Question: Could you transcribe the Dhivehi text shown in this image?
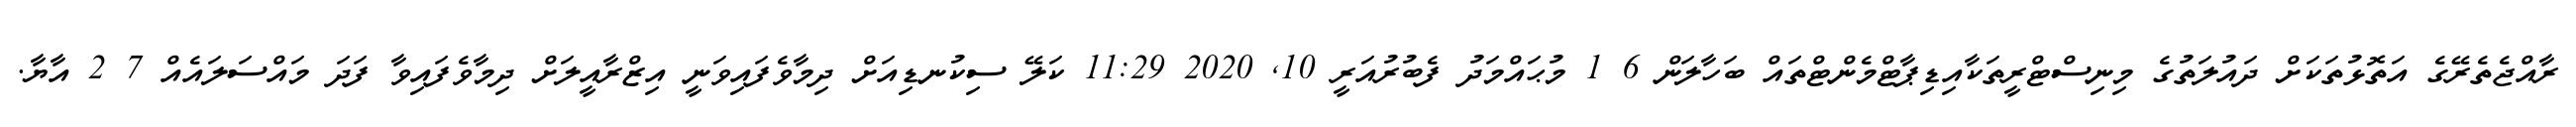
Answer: ރާއްޖެތެރޭގެ އަތޮޅުތަކަށް ދައުލަތުގެ މިނިސްޓްރީތަކާއިޑިޕާޓްމެންޓްތައް ބަހާލަން 6 1 މުޙައްމަދު ފެބުރުއަރީ 10, 2020 11:29 ކަލޭ ސިކުނޑިއަށް ދިމާވެފައިވަނީ އިޒްރާއީލަށް ދިމާވެފައިވާ ފަދަ މައްސަލައެއް 7 2 އާޔާ.